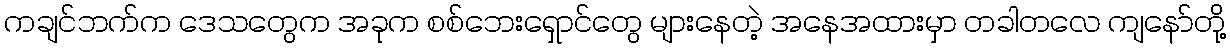
ကချင်ဘက်က ဒေသတွေက အခုက စစ်ဘေးရှောင်တွေ များနေတဲ့ အနေအထားမှာ တခါတလေ ကျနော်တို့